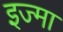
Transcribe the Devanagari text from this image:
इज्मा